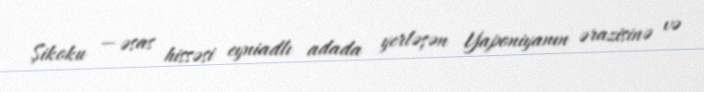
Şikoku — əsas hissəsi eyniadlı adada yerləşən Yaponiyanın ərazisinə və